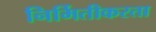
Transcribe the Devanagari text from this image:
निर्मितीकरता